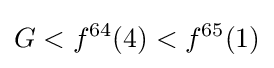
G<f^{64}(4)<f^{65}(1)